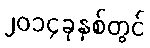
၂၀၁၄ခုနှစ်တွင်